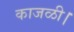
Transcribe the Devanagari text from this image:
काजळी।